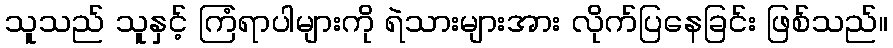
သူသည် သူနှင့် ကြံရာပါများကို ရဲသားများအား လိုက်ပြနေခြင်း ဖြစ်သည်။